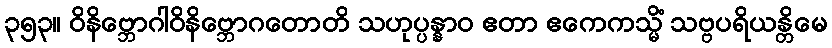
၃၅၃။ ဝိနိဗ္ဘောဂါဝိနိဗ္ဘောဂတောတိ သဟုပ္ပန္နာဝ ဧတာ ဧကေကသ္မိံ သဗ္ဗပရိယန္တိမေ